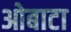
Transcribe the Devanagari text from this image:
ओबाटा